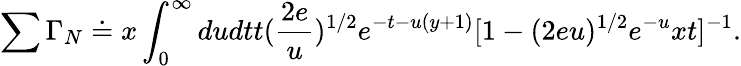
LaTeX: \sum\Gamma_{N}\doteq x\int_{0}^{\infty}dudtt(\frac{2e}{u})^{1/2}e^{-t-u(y+1)}[1-(2eu)^{1/2}e^{-u}xt]^{-1}.